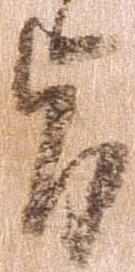
旨